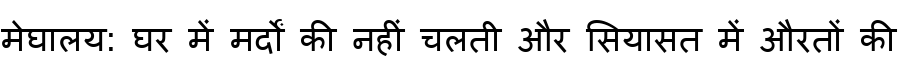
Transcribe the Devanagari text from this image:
मेघालय: घर में मर्दों की नहीं चलती और सियासत में औरतों की